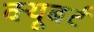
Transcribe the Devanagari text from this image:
क्यूबर्ट